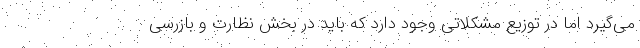
می‌گیرد اما در توزیع مشکلاتی وجود دارد که باید در بخش نظارت و بازرسی